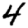
Digit: 4